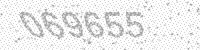
Solution: 069655